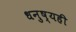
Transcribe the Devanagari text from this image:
धनुष्यही